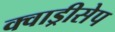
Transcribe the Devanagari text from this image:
क्वाड्रीसेप